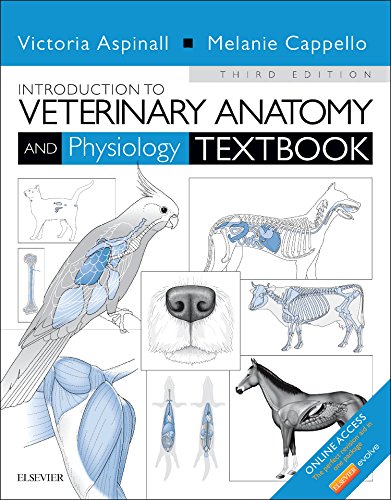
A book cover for Introduction to Veterinary Anatomy and Physiology Textbook, 3e; Victoria Aspinall BVSc  MRCVS; Medical Books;